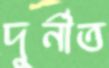
দুর্নীত